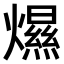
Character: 𤐴